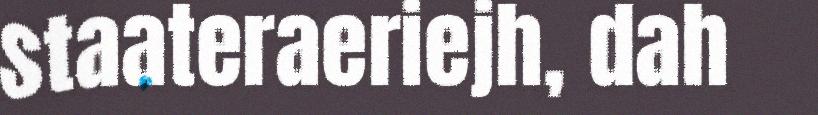
staateraeriejh, dah